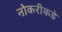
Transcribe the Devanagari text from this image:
नोकरीकडे